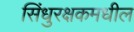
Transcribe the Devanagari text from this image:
सिंधुरक्षकमधील